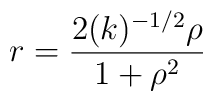
r = \frac{2(k)^{-1/2}{\rho}}{1 + {\rho}^{2}}